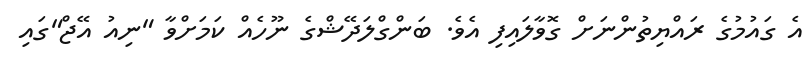
އެ ގައުމުގެ ރައްޔިތުންނަށް ގޮވާލައިފި އެވެ. ބަންގްލަދޭޝްގެ ނޫހެއް ކަމަށްވާ "ނިއު އޭޖް"ގައި